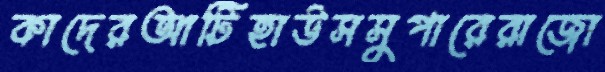
কাদেরআটিহাউসসুপারেরাজো